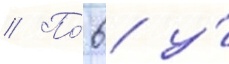
// По́ 6 у́